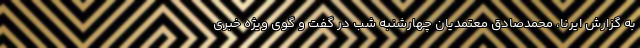
به گزارش ایرنا، محمدصادق معتمدیان چهارشنبه شب در گفت و گوی ویژه خبری